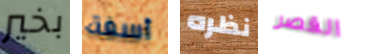
بخير أسفة نظره القصر